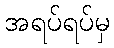
အရပ်ရပ်မှ